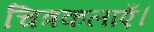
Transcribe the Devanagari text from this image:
चित्रकलाएँ।